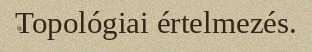
Topológiai értelmezés.